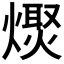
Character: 𤏌